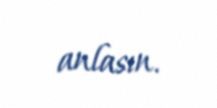
anlasın.